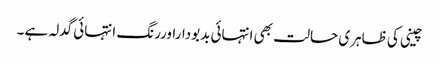
چینی کی ظاہری حالت بھی انتہائی بدبوداراوررنگ انتہائی گدلہ ہے۔